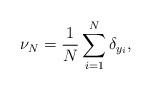
LaTeX: \begin{align*} \nu_{N} = \frac{1}{N} \sum_{i=1}^{N} \delta_{y_{i}},\end{align*}